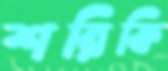
শরিফি